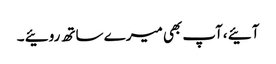
آئیے ،آپ بھی میرے ساتھ روئیے ۔